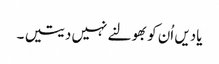
یادیں اُن کو بھولنے نہیں دیتیں ۔